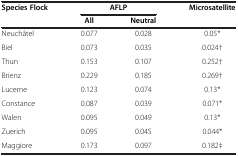
<table><thead><tr><td><b>Species Flock</b></td><td colspan="2"><b>AFLP</b></td><td><b>Microsatellite</b></td></tr><tr><td><b> </b></td><td><b>All</b></td><td><b>Neutral</b></td><td><b> </b></td></tr></thead><tbody><tr><td>Neuchâtel</td><td>0.077</td><td>0.028</td><td>0.05*</td></tr><tr><td>Biel</td><td>0.073</td><td>0.035</td><td>0.024†</td></tr><tr><td>Thun</td><td>0.153</td><td>0.107</td><td>0.252†</td></tr><tr><td>Brienz</td><td>0.229</td><td>0.185</td><td>0.269†</td></tr><tr><td>Lucerne</td><td>0.123</td><td>0.074</td><td>0.13*</td></tr><tr><td>Constance</td><td>0.087</td><td>0.039</td><td>0.071*</td></tr><tr><td>Walen</td><td>0.095</td><td>0.049</td><td>0.13*</td></tr><tr><td>Zuerich</td><td>0.095</td><td>0.045</td><td>0.044*</td></tr><tr><td>Maggiore</td><td>0.173</td><td>0.097</td><td>0.182‡</td></tr></tbody></table>